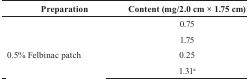
<table><thead><tr><td><b>Preparation</b></td><td><b>Content (mg/2.0 cm × 1.75 cm)</b></td></tr></thead><tbody><tr><td>[EMPTY_CELL]</td><td>0.75</td></tr><tr><td>[EMPTY_CELL]</td><td>1.75</td></tr><tr><td>0.5% Felbinac patch</td><td>0.25</td></tr><tr><td>[EMPTY_CELL]</td><td>1.31a</td></tr></tbody></table>